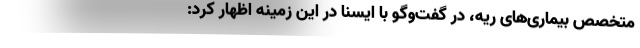
متخصص بیماری‌های ریه، در گفت‌وگو با ایسنا در این زمینه اظهار کرد: